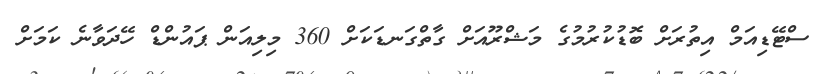
ސްޓޭޑިއަމް އިތުރަށް ބޮޑުކުރުމުގެ މަޝްރޫއަށް ގާތްގަނޑަކަށް 360 މިލިއަން ޕައުންޑް ހޭދަވާނެ ކަމަށް